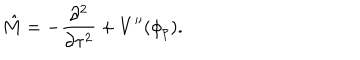
\hat { M } = - \frac { \partial ^ { 2 } } { \partial \tau ^ { 2 } } + V ^ { \prime \prime } ( \phi _ { p } ) .